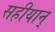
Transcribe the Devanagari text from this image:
सहीयान्